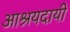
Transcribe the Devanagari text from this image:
आश्रयदायी